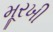
મૂરખી